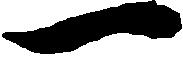
一